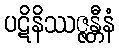
ပဋိနိဿဇ္ဇန္တီနံ